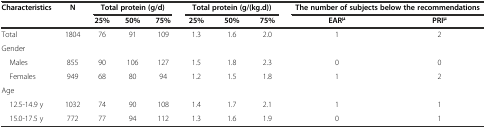
<table><thead><tr><td><b>Characteristics</b></td><td><b>N</b></td><td colspan="3"><b>Total protein (g/d)</b></td><td colspan="3"><b>Total protein (g/(kg.d))</b></td><td colspan="2"><b>The number of subjects below the recommendations</b></td></tr><tr><td></td><td></td><td><b>25%</b></td><td><b>50%</b></td><td><b>75%</b></td><td><b>25%</b></td><td><b>50%</b></td><td><b>75%</b></td><td><b>EAR<sup>μ</sup></b></td><td><b>PRI<sup>μ</sup></b></td></tr></thead><tbody><tr><td>Total</td><td>1804</td><td>76</td><td>91</td><td>109</td><td>1.3</td><td>1.6</td><td>2.0</td><td>1</td><td>2</td></tr><tr><td>Gender</td><td></td><td></td><td></td><td></td><td></td><td></td><td></td><td></td><td></td></tr><tr><td> Males</td><td>855</td><td>90</td><td>106</td><td>127</td><td>1.5</td><td>1.8</td><td>2.3</td><td>0</td><td>0</td></tr><tr><td> Females</td><td>949</td><td>68</td><td>80</td><td>94</td><td>1.2</td><td>1.5</td><td>1.8</td><td>1</td><td>2</td></tr><tr><td>Age</td><td></td><td></td><td></td><td></td><td></td><td></td><td></td><td></td><td></td></tr><tr><td> 12.5-14.9 y</td><td>1032</td><td>74</td><td>90</td><td>108</td><td>1.4</td><td>1.7</td><td>2.1</td><td>1</td><td>1</td></tr><tr><td> 15.0-17.5 y</td><td>772</td><td>77</td><td>94</td><td>112</td><td>1.3</td><td>1.6</td><td>1.9</td><td>0</td><td>1</td></tr></tbody></table>